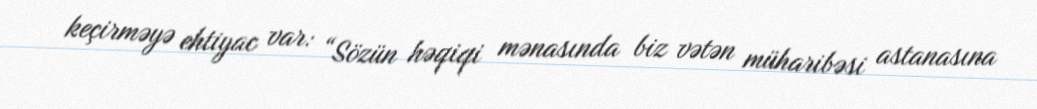
keçirməyə ehtiyac var: “Sözün həqiqi mənasında biz vətən müharibəsi astanasına